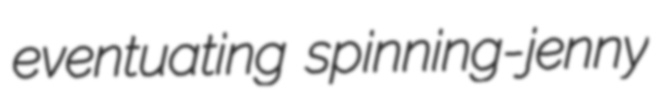
eventuating spinning-jenny